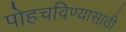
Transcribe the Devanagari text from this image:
पोहचविण्यासाठी